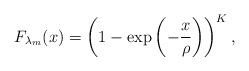
\begin{align*}F_{\lambda_m}(x)=\left(1-\exp\left(-\frac{x}{\rho}\right)\right)^{K},\end{align*}